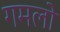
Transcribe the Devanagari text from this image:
गमलो